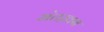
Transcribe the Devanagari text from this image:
मंतख़ब